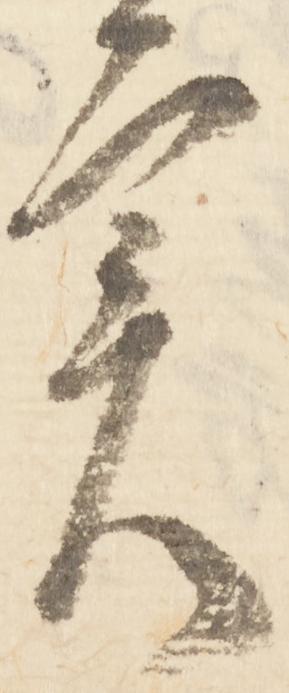
実